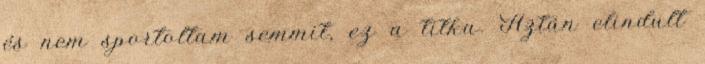
és nem sportoltam semmit, ez a titka. Aztán elindult